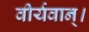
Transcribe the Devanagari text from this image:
वीर्यवान्।